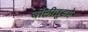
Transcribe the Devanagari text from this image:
बॉलीवूडमे